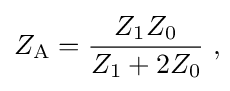
Z_{\mathrm {A} }={\frac {Z_{1}Z_{0}}{Z_{1}+2Z_{0}}}\ ,\!